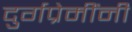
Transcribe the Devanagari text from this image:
दुर्गप्रेमींनी